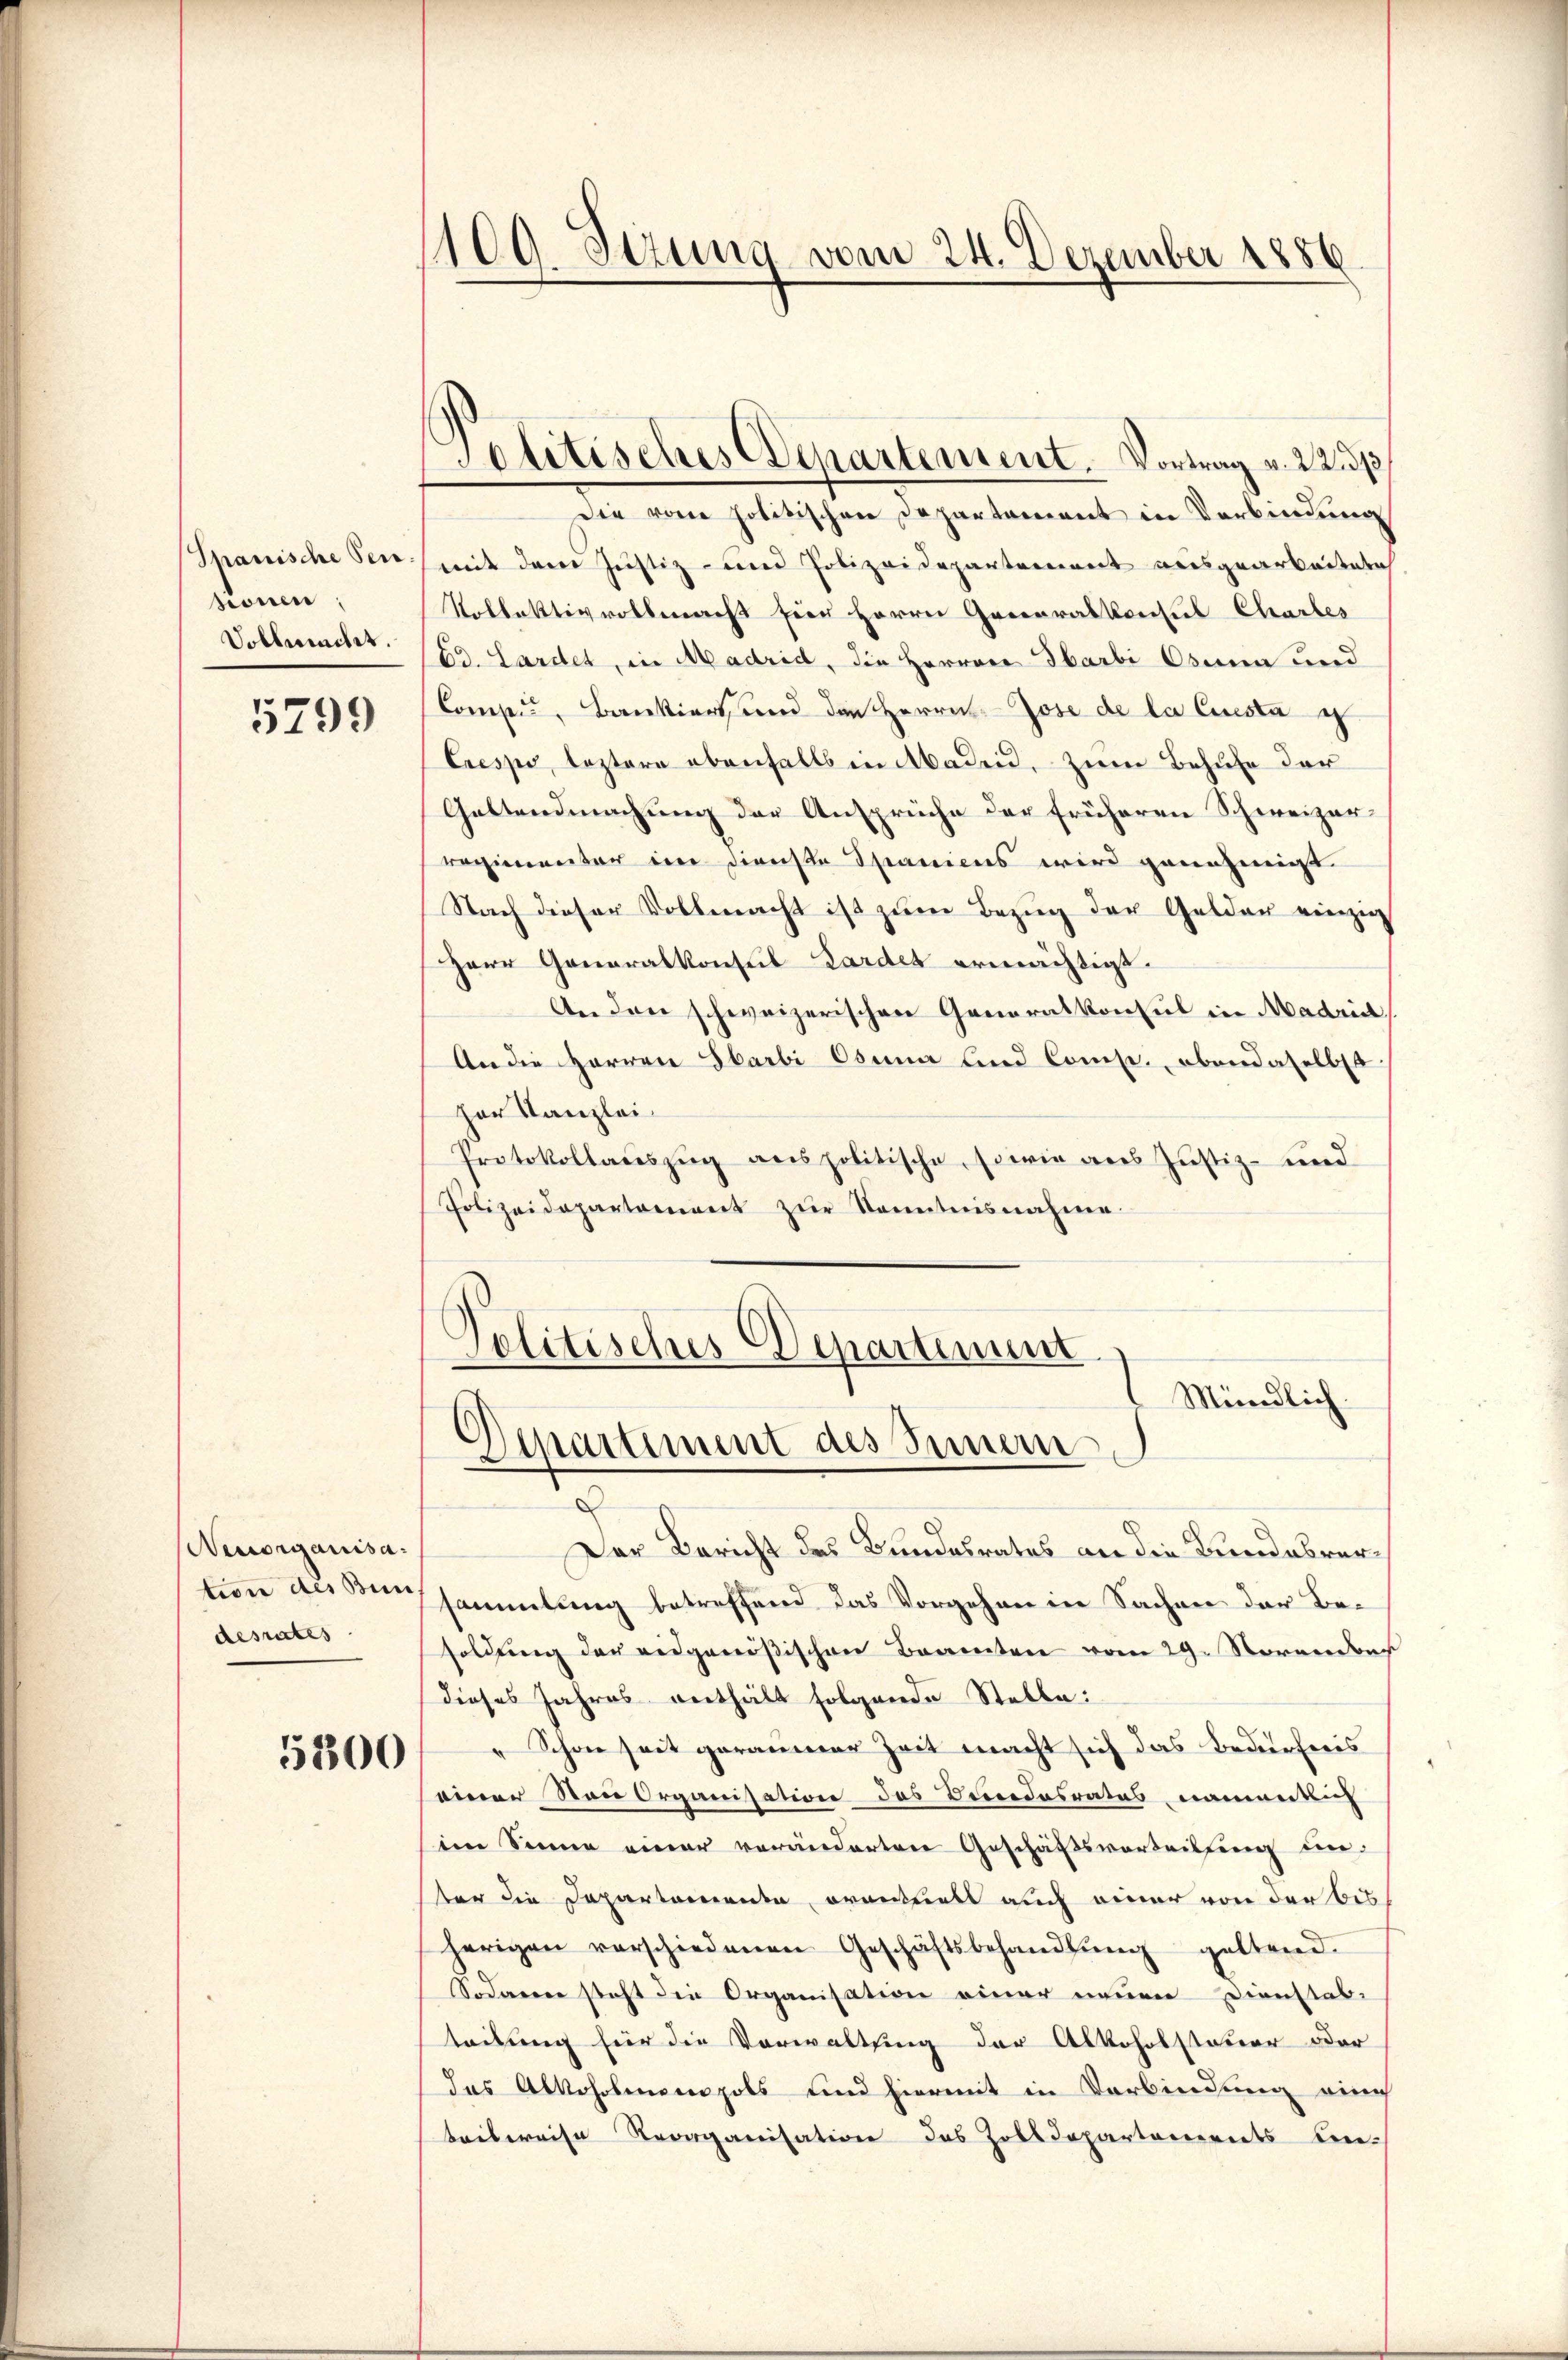
zionen,
Vollmachet.

5799

Die vom politischen Departement in Verbindung
Spanische Sen) mit dem Justiz- und Polizeidepartement ausgearbeitete
Tollektivvollmacht hier Herrn Generalkonsul Chartes
Ed. Sardet, in Madrid, die Herren Ibarbi Oben und
Compen, Bankiert und den Herrn Jose de la Cuesta i
Crespo, leztere ebenfalls in Akaden, zum Behufe der
Geltendmachung der Ansprüche der früheren Schweizerregimentar im dienste Spaniens wird genehmigt
Nach dieser Vollmacht ist zum Bezug der Gelder einzig
Herr Generalkonseil Zardes ermächtigt.
An den schweizerischen Generalkonsul in Madrid,
An die Herren Sarbi Osena und Comp. obendaselbst
her Kanzlei
Protokollauszug aus politische, sowie aus Justiz- und
Polizeidepartement zŭr Kenntnisnahme.

Neuorganisadesrates

5300

1100. Sizung vom 24. Dezember 1886

Politisches Departement. Vortrag v. 22. 13

Politisches Departinum
Mündlich.
)
ipartiment des Innern

Der Bericht des Bundesrates an die Bundesvertion als Kreisammlung betreffend das Vorgehen in Sachen der Besoldŭng der eidgenößischen Beamten vom 29. Novende
dieses Jahres enthält folgende Stelle:
Schon seit geraumer Zeit macht sich das Bedürfnis
seiner von Organisation des Bundesrates namentlich
im Sinne einer veränderten Geschäftsvorteilung einter die Departamenta orantzels auch einer von der bis
herigen verschiedenen Geschäftsbehandlŭng geltend.
Sodanne steht die Organisation einer neuen Dienstab-
teilung für die Vorwaltung der Alkoholsteuer oder
das Alkoholmnenpols und hiermit in Verbindung auch
beibereise Reorganisation des Zolldepartanereits Lie¬